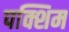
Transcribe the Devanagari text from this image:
पक्शिम